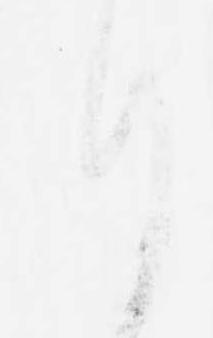
月